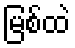
မြစ်ထဲ